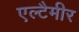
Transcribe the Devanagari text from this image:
एल्टैमीर